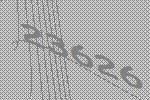
23626